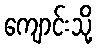
ကျောင်းသို့